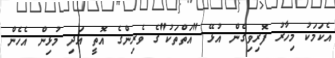
އެކަމަކު މިހާރު ފޮރިވިގެން އުޅޭ "އަތްތަކު"ގެ ވެރިންގެ އޮތީ އަދި މުޅިން އެހެން